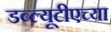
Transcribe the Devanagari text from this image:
डब्ल्यूटीएच्या